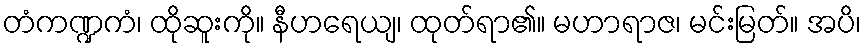
တံကဏ္ဍကံ၊ ထိုဆူးကို။ နီဟရေယျ၊ ထုတ်ရာ၏။ မဟာရာဇ၊ မင်းမြတ်။ အပိ၊